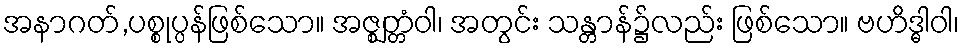
အနာဂတ်,ပစ္စုပ္ပန်ဖြစ်သော။ အဇ္ဈတ္တံဝါ၊ အတွင်း သန္တာန်၌လည်း ဖြစ်သော။ ဗဟိဒ္ဓါဝါ၊